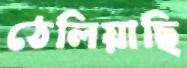
ঠেলিয়াছি